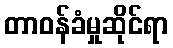
တာဝန်ခံမှုဆိုင်ရာ